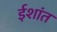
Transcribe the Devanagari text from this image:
ईशांत